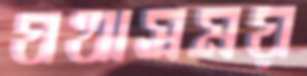
যথাসময়